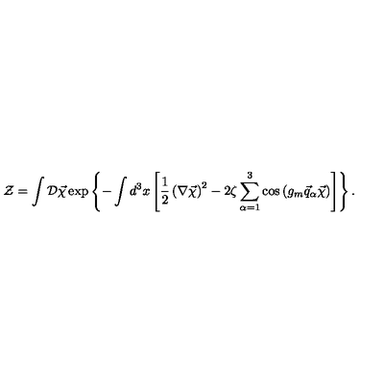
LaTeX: { \cal Z } = \int { \cal D } \vec { \chi } \exp \left\{ - \int d ^ { 3 } x \left[ \frac 1 2 \left( \nabla \vec { \chi } \right) ^ { 2 } - 2 \zeta \sum _ { \alpha = 1 } ^ { 3 } \cos \left( g _ { m } \vec { q } _ { \alpha } \vec { \chi } \right) \right] \right\} .